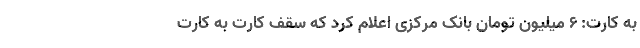
به کارت: ۶ میلیون تومان بانک مرکزی اعلام کرد که سقف کارت به کارت